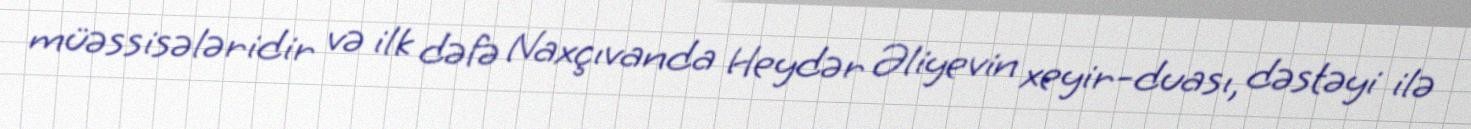
müəssisələridir və ilk dəfə Naxçıvanda Heydər Əliyevin xeyir-duası, dəstəyi ilə